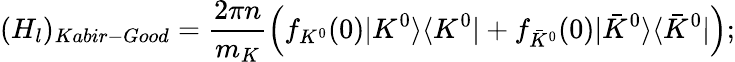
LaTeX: (H_{l})_{Kabir-Good}=\frac{2\pi n}{m_{K}}\left(f_{K^{0}}(0)|K^{0}\rangle\langle K^{0}|+f_{\bar{K}^{0}}(0)|\bar{K}^{0}\rangle\langle\bar{K}^{0}|\right);